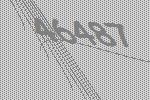
46487